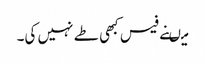
میںنے فیس کبھی طے نہیں کی۔